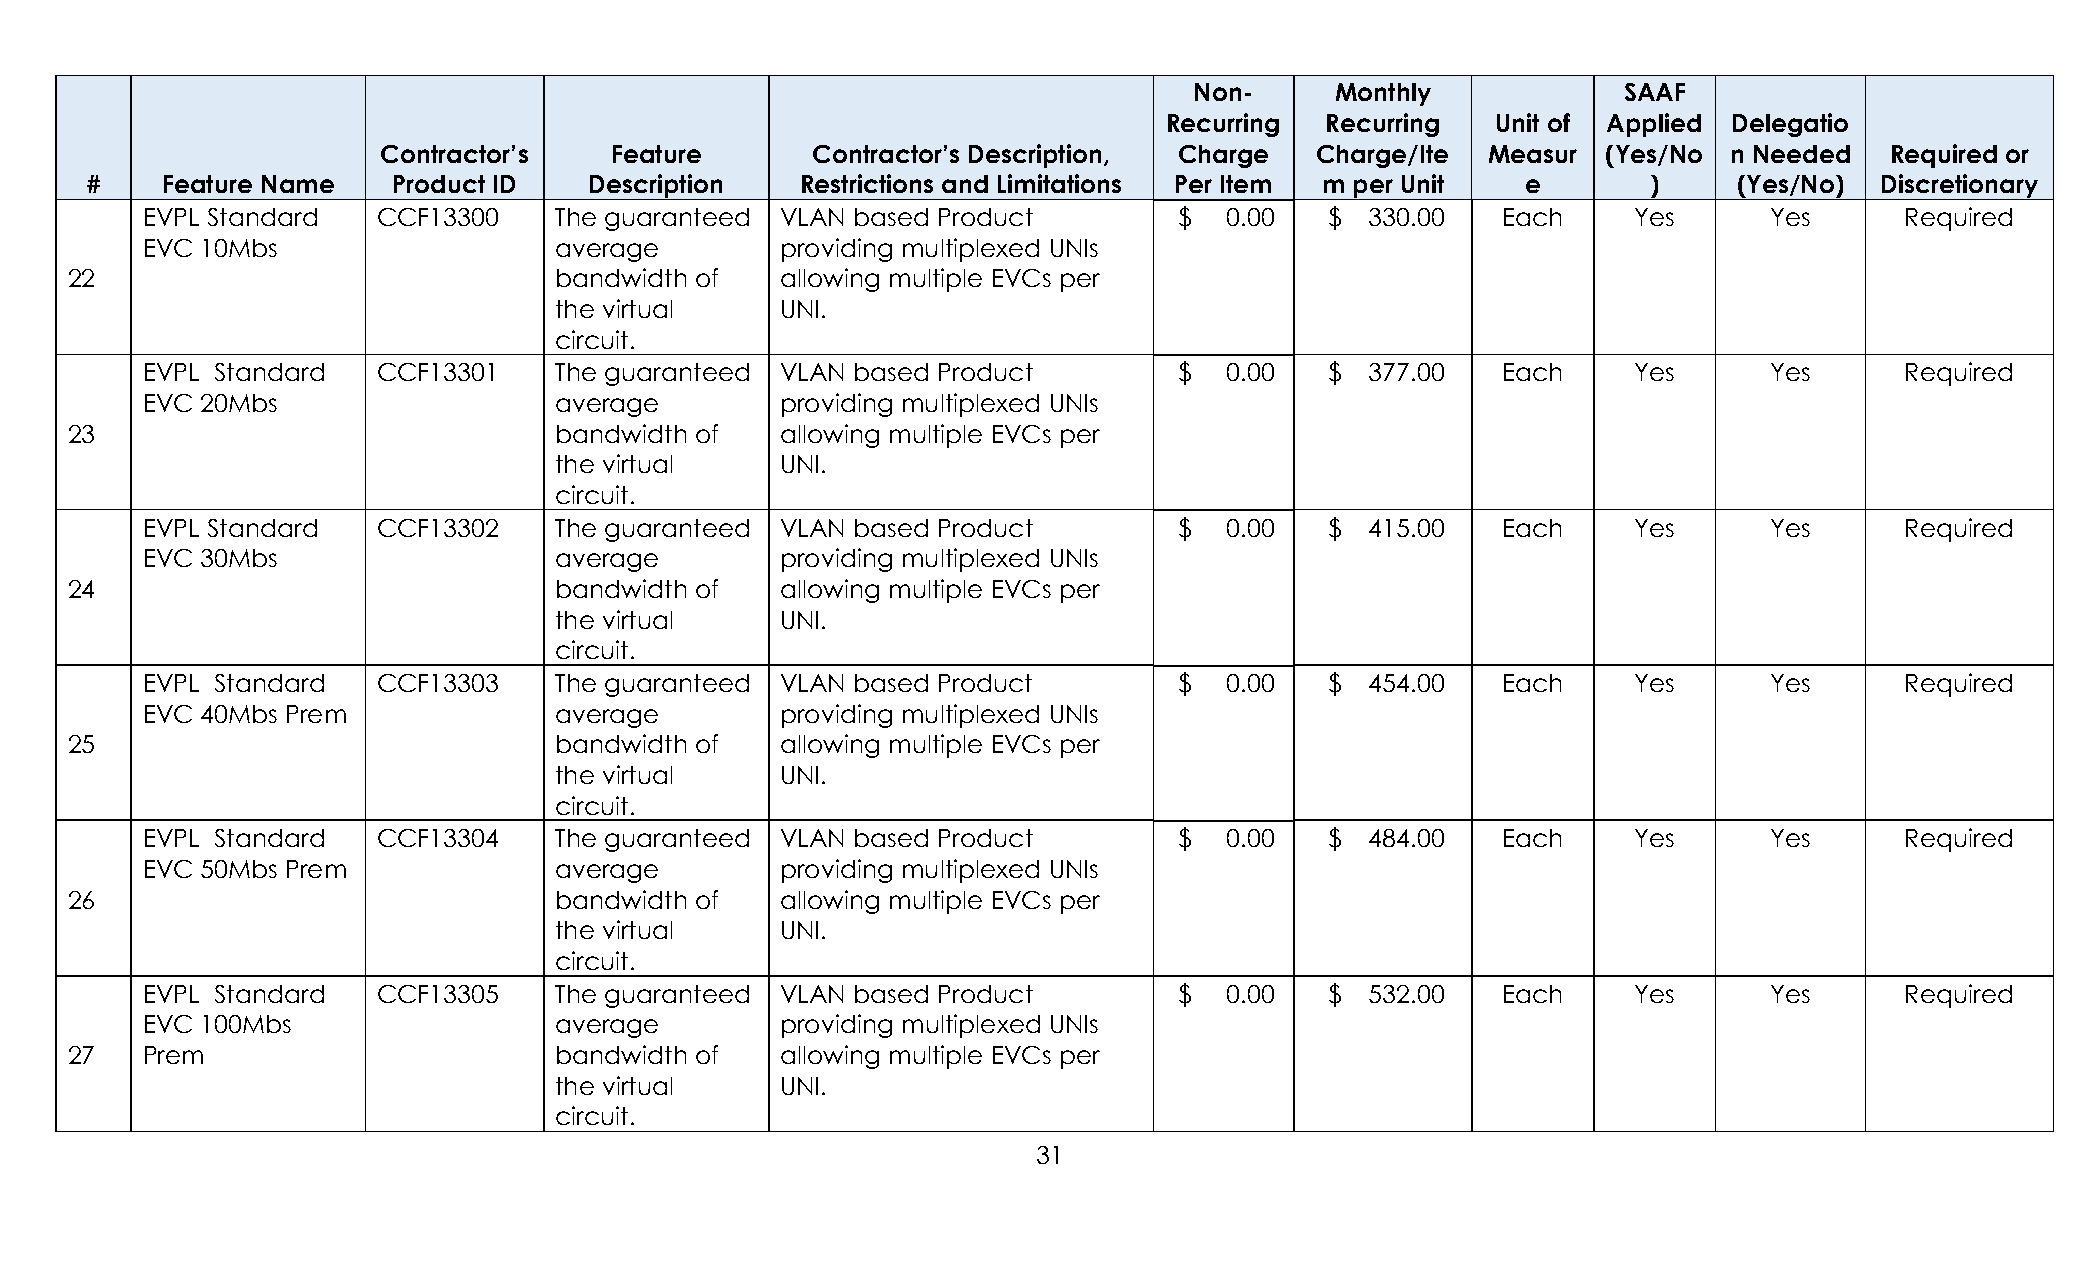
Non-     Monthly            SAAF
 Recurring  Recurring  Unit of Applied Delegatio
 Contractor’s   Feature       Contractor’s Description, Charge Charge/Ite  Measur (Yes/No  n Needed  Required or
 #    Feature Name   Product ID   Description   Restrictions and Limitations Per Item m per Unit e      )     (Yes/No) Discretionary
 EVPL Standard   CCF13300    The guaranteed VLAN based Product        $  0.00   $  330.00  Each     Yes      Yes      Required
 EVC 10Mbs                   average        providing multiplexed UNIs
 22                               bandwidth of   allowing multiple EVCs per
 the virtual    UNI.
 circuit.
 EVPL Standard   CCF13301    The guaranteed VLAN based Product        $  0.00   $  377.00  Each     Yes      Yes      Required
 EVC 20Mbs                   average        providing multiplexed UNIs
 23                               bandwidth of   allowing multiple EVCs per
 the virtual    UNI.
 circuit.
 EVPL Standard   CCF13302    The guaranteed VLAN based Product        $  0.00   $  415.00  Each     Yes      Yes      Required
 EVC 30Mbs                   average        providing multiplexed UNIs
 24                               bandwidth of   allowing multiple EVCs per
 the virtual    UNI.
 circuit.
 EVPL Standard   CCF13303    The guaranteed VLAN based Product        $  0.00   $  454.00  Each     Yes      Yes      Required
 EVC 40Mbs Prem              average        providing multiplexed UNIs
 25                               bandwidth of   allowing multiple EVCs per
 the virtual    UNI.
 circuit.
 EVPL Standard   CCF13304    The guaranteed VLAN based Product        $  0.00   $  484.00  Each     Yes      Yes      Required
 EVC 50Mbs Prem              average        providing multiplexed UNIs
 26                               bandwidth of   allowing multiple EVCs per
 the virtual    UNI.
 circuit.
 EVPL Standard   CCF13305    The guaranteed VLAN based Product        $  0.00   $  532.00  Each     Yes      Yes      Required
 EVC 100Mbs                  average        providing multiplexed UNIs
 27   Prem                        bandwidth of   allowing multiple EVCs per
 the virtual    UNI.
 circuit.
 31